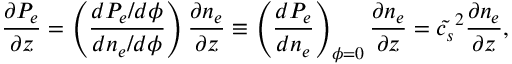
\frac { \partial P _ { e } } { \partial z } = \left( \frac { d P _ { e } / d \phi } { d n _ { e } / d \phi } \right) \frac { \partial n _ { e } } { \partial z } \equiv \left( \frac { d P _ { e } } { d n _ { e } } \right) _ { \phi = 0 } \frac { \partial n _ { e } } { \partial z } = \tilde { c _ { s } } ^ { 2 } \frac { \partial n _ { e } } { \partial z } ,